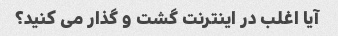
آیا اغلب در اینترنت گشت و گذار می کنید؟